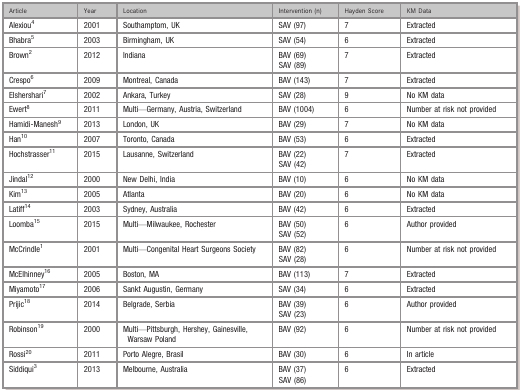
<table><thead><tr><td><b>Article</b></td><td><b>Year</b></td><td><b>Location</b></td><td><b>Intervention (n)</b></td><td><b>Hayden Score</b></td><td><b>KM Data</b></td></tr></thead><tbody><tr><td>Alexiou4</td><td>2001</td><td>Southamptom, UK</td><td>SAV (97)</td><td>7</td><td>Extracted</td></tr><tr><td>Bhabra5</td><td>2003</td><td>Birmingham, UK</td><td>SAV (54)</td><td>6</td><td>Extracted</td></tr><tr><td>Brown2</td><td>2012</td><td>Indiana</td><td>BAV (69)SAV (89)</td><td>7</td><td>Extracted</td></tr><tr><td>Crespo6</td><td>2009</td><td>Montreal, Canada</td><td>BAV (143)</td><td>7</td><td>Extracted</td></tr><tr><td>Elshershari7</td><td>2002</td><td>Ankara, Turkey</td><td>SAV (28)</td><td>9</td><td>No KM data</td></tr><tr><td>Ewert8</td><td>2011</td><td>Multi—Germany, Austria, Switzerland</td><td>BAV (1004)</td><td>6</td><td>Number at risk not provided</td></tr><tr><td>Hamidi‐Manesh9</td><td>2013</td><td>London, UK</td><td>BAV (29)</td><td>7</td><td>No KM data</td></tr><tr><td>Han10</td><td>2007</td><td>Toronto, Canada</td><td>BAV (53)</td><td>6</td><td>Extracted</td></tr><tr><td>Hochstrasser11</td><td>2015</td><td>Lausanne, Switzerland</td><td>BAV (22)SAV (42)</td><td>7</td><td>Extracted</td></tr><tr><td>Jindal12</td><td>2000</td><td>New Delhi, India</td><td>BAV (10)</td><td>6</td><td>No KM data</td></tr><tr><td>Kim13</td><td>2005</td><td>Atlanta</td><td>BAV (20)</td><td>6</td><td>No KM data</td></tr><tr><td>Latiff14</td><td>2003</td><td>Sydney, Australia</td><td>BAV (42)</td><td>6</td><td>Extracted</td></tr><tr><td>Loomba15</td><td>2015</td><td>Multi—Milwaukee, Rochester</td><td>BAV (50)SAV (52)</td><td>6</td><td>Author provided</td></tr><tr><td>McCrindle1</td><td>2001</td><td>Multi—Congenital Heart Surgeons Society</td><td>BAV (82)SAV (28)</td><td>6</td><td>Number at risk not provided</td></tr><tr><td>McElhinney16</td><td>2005</td><td>Boston, MA</td><td>BAV (113)</td><td>7</td><td>Extracted</td></tr><tr><td>Miyamoto17</td><td>2006</td><td>Sankt Augustin, Germany</td><td>SAV (34)</td><td>6</td><td>Extracted</td></tr><tr><td>Prijic18</td><td>2014</td><td>Belgrade, Serbia</td><td>BAV (39)SAV (23)</td><td>6</td><td>Author provided</td></tr><tr><td>Robinson19</td><td>2000</td><td>Multi—Pittsburgh, Hershey, Gainesville, Warsaw Poland</td><td>BAV (92)</td><td>6</td><td>Number at risk not provided</td></tr><tr><td>Rossi20</td><td>2011</td><td>Porto Alegre, Brasil</td><td>BAV (30)</td><td>6</td><td>In article</td></tr><tr><td>Siddiqui3</td><td>2013</td><td>Melbourne, Australia</td><td>BAV (37)SAV (86)</td><td>6</td><td>Extracted</td></tr></tbody></table>